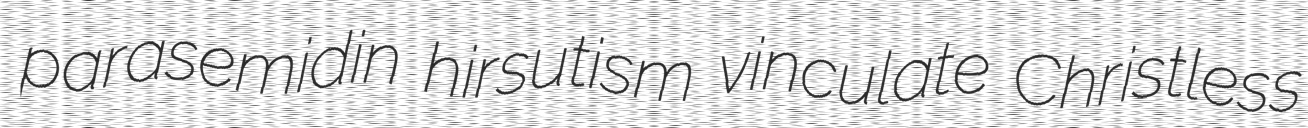
parasemidin hirsutism vinculate Christless